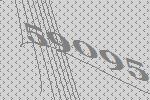
59095